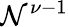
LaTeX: \mathcal{N}^{\nu-1}